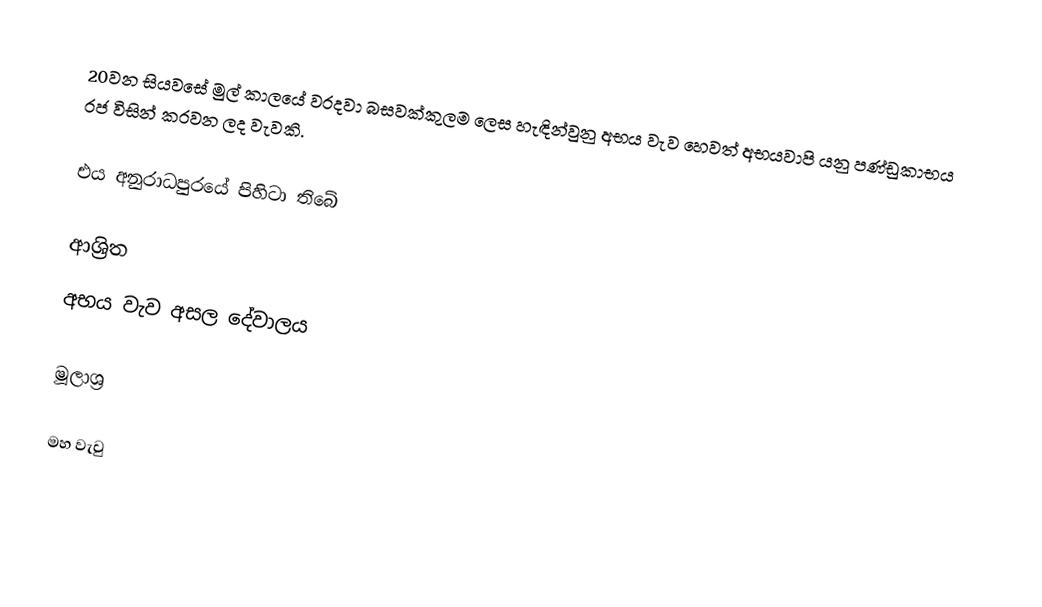
20වන සියවසේ මුල් කාලයේ වරදවා බසවක්කුලම ලෙස හැඳින්වුනු අභය වැව හෙවත් අභයවාපි යනු පණ්ඩුකාභය රජ විසින් කරවන ලද වැවකි.

එය අනුරාධපුරයේ පිහිටා තිබේ

ආශ්‍රිත
 අභය වැව අසල දේවාලය

මූලාශ්‍ර

මහ වැවු